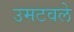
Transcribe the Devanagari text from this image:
उमटवले